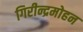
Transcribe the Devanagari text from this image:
गिरीन्द्रमोहन